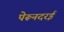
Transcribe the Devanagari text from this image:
पेरूनदरई